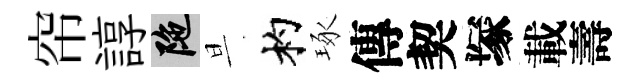
帘諄陀旦杓琢傳契塚載壽